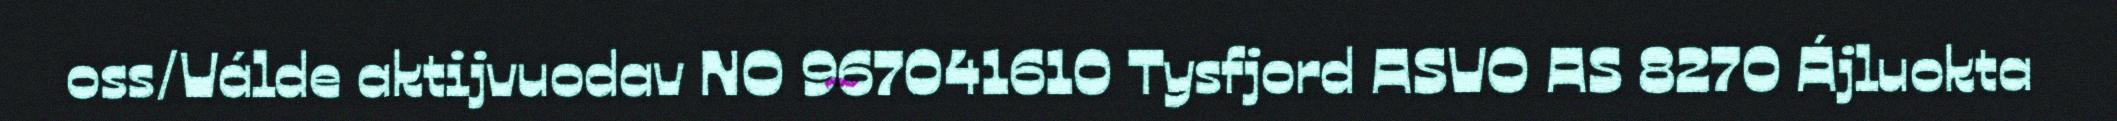
oss/Válde aktijvuodav NO 967041610 Tysfjord ASVO AS 8270 Ájluokta